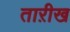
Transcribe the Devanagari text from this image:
ताऱीख